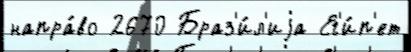
напра́во 2670 Браз'и́л'иjа Ег'и́п'ет